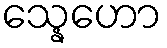
သ္နေဟော